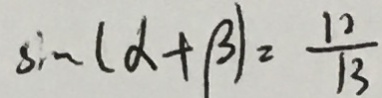
\sin ( \alpha + \beta ) = \frac { 1 2 } { 1 3 }